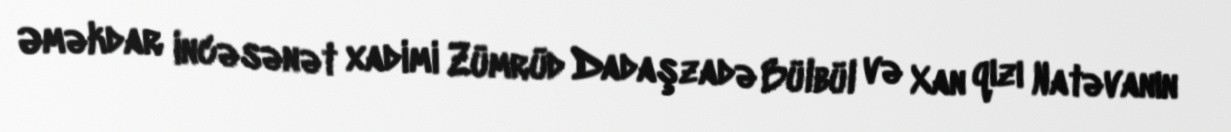
Əməkdar incəsənət xadimi Zümrüd Dadaşzadə Bülbül və Xan qızı Natəvanın